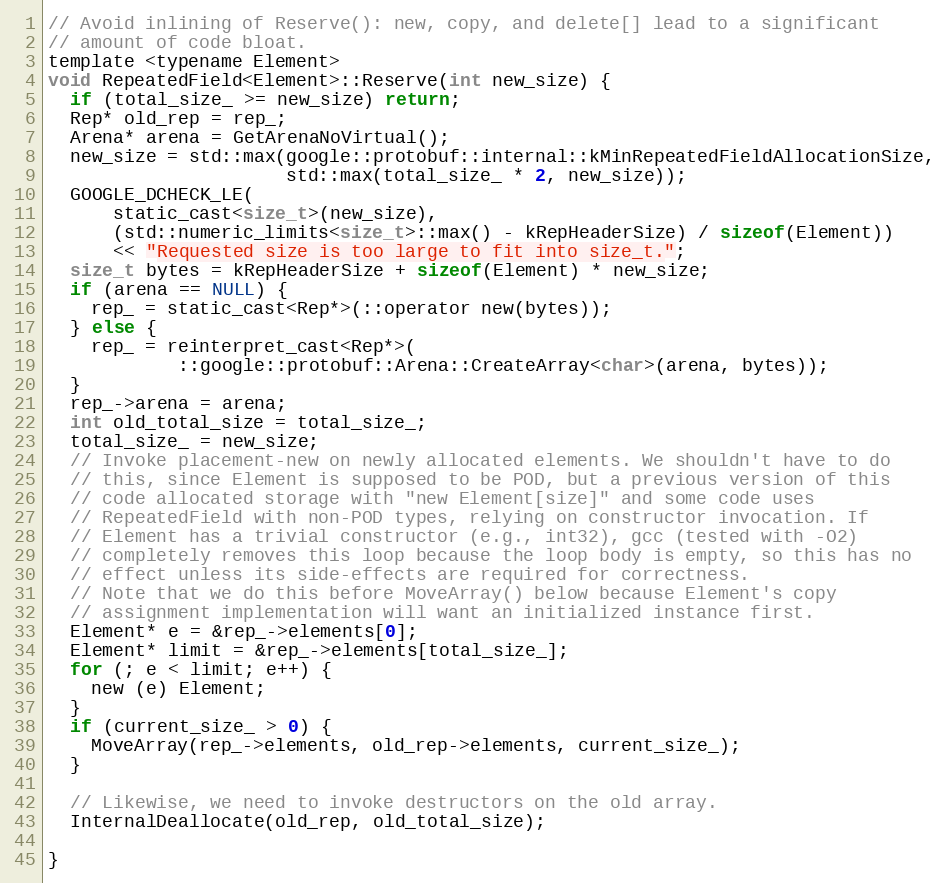
Language: C
// Avoid inlining of Reserve(): new, copy, and delete[] lead to a significant
// amount of code bloat.
template <typename Element>
void RepeatedField<Element>::Reserve(int new_size) {
  if (total_size_ >= new_size) return;
  Rep* old_rep = rep_;
  Arena* arena = GetArenaNoVirtual();
  new_size = std::max(google::protobuf::internal::kMinRepeatedFieldAllocationSize,
                      std::max(total_size_ * 2, new_size));
  GOOGLE_DCHECK_LE(
      static_cast<size_t>(new_size),
      (std::numeric_limits<size_t>::max() - kRepHeaderSize) / sizeof(Element))
      << "Requested size is too large to fit into size_t.";
  size_t bytes = kRepHeaderSize + sizeof(Element) * new_size;
  if (arena == NULL) {
    rep_ = static_cast<Rep*>(::operator new(bytes));
  } else {
    rep_ = reinterpret_cast<Rep*>(
            ::google::protobuf::Arena::CreateArray<char>(arena, bytes));
  }
  rep_->arena = arena;
  int old_total_size = total_size_;
  total_size_ = new_size;
  // Invoke placement-new on newly allocated elements. We shouldn't have to do
  // this, since Element is supposed to be POD, but a previous version of this
  // code allocated storage with "new Element[size]" and some code uses
  // RepeatedField with non-POD types, relying on constructor invocation. If
  // Element has a trivial constructor (e.g., int32), gcc (tested with -O2)
  // completely removes this loop because the loop body is empty, so this has no
  // effect unless its side-effects are required for correctness.
  // Note that we do this before MoveArray() below because Element's copy
  // assignment implementation will want an initialized instance first.
  Element* e = &rep_->elements[0];
  Element* limit = &rep_->elements[total_size_];
  for (; e < limit; e++) {
    new (e) Element;
  }
  if (current_size_ > 0) {
    MoveArray(rep_->elements, old_rep->elements, current_size_);
  }

  // Likewise, we need to invoke destructors on the old array.
  InternalDeallocate(old_rep, old_total_size);

}